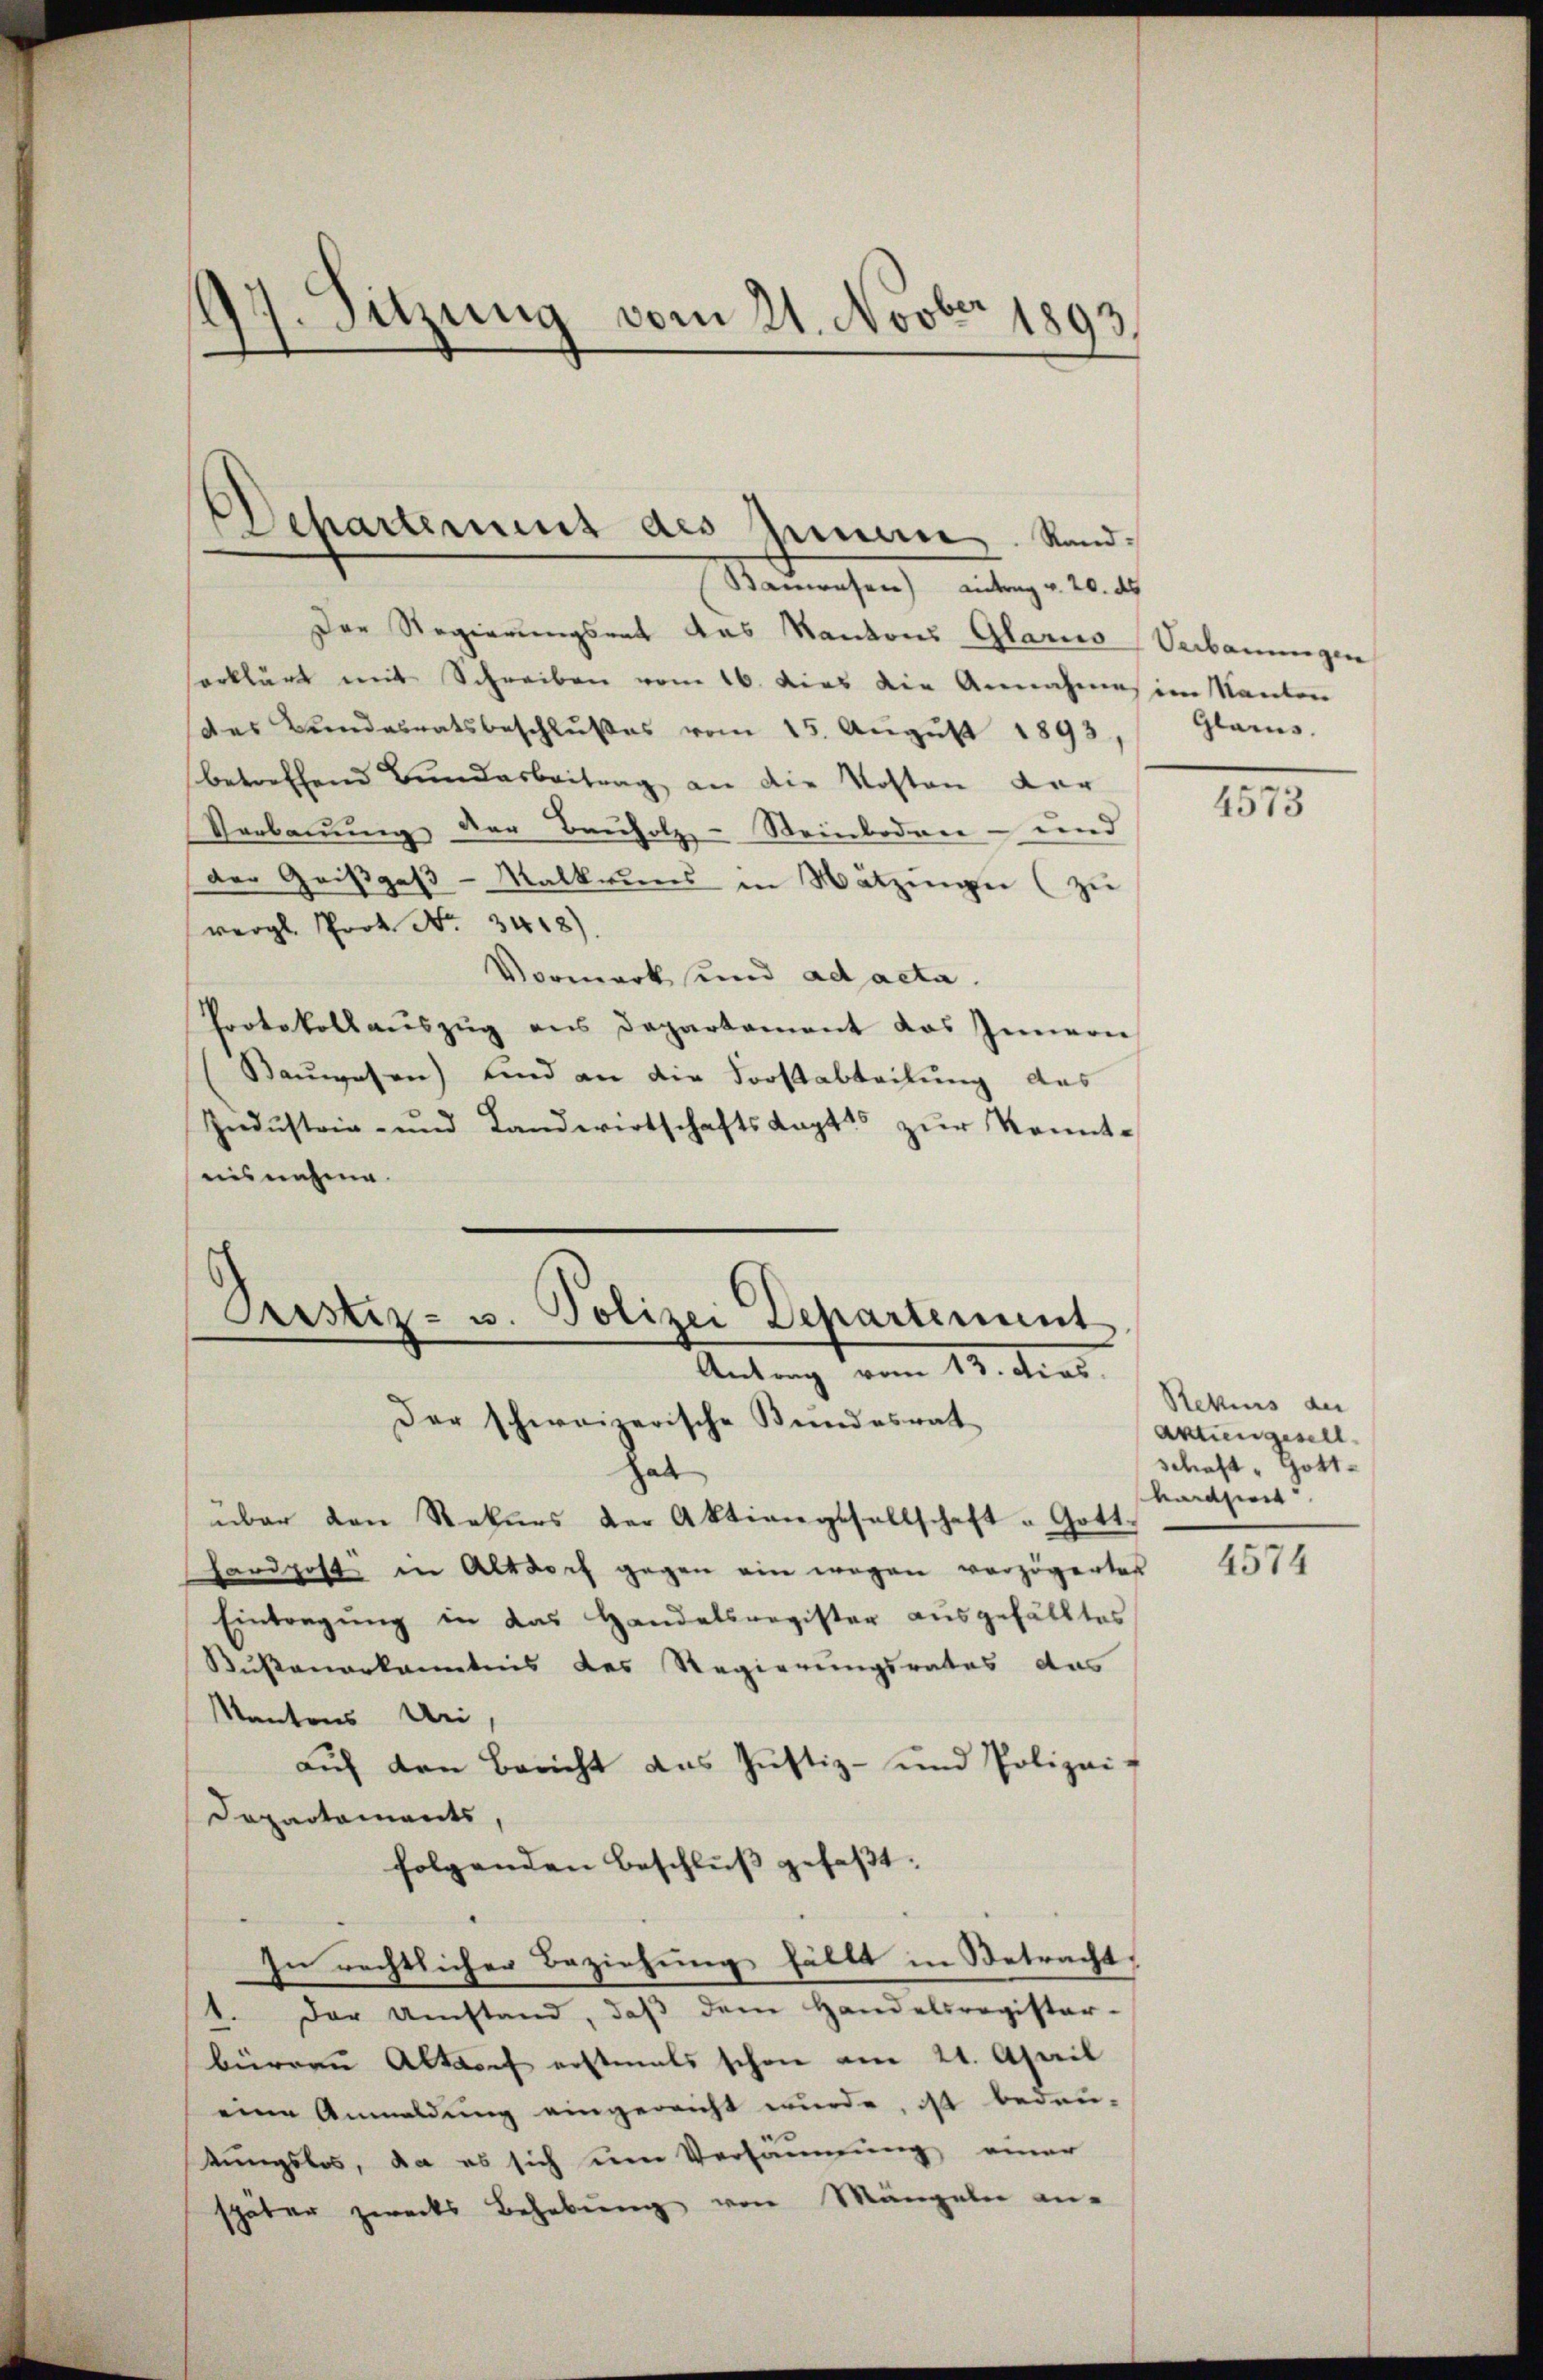
.Sitzung vom 21. Novber 1893

Dehartement des Innern. Rand¬

Bauwesen) Antrag v. 20. ds
Der Regierungsrat das Kantons Glarus Verbauungen
erklärt mit Schreiben vom 16. dies die Annahmesion Nanten
Das Bundesratsbeschlußes vom 15. Aŭgŭst 1893,
betreffend Bundesbeitrag, an die Kosten der
Verbauung der Bauholz-Steinboden- und
der Geißgas-Malkruns in Nätzinge (zu
vergl. Prot. No. 3418)
Vormerk und ad acta.
Protokoll aŭszŭg ans Departement das Innern
Bauwesen) und an die Forstabteilung des
Industrie- und Landwirtschaftsagt zur Kenntnisnahme.

Prstiz- u. Polizei Departement
Antrag vom 13. dies

Der schweizerische Bundesrat
hat
über den Rekurs der Aktiengesellschaft " Gott.
Fardpost in Altdorf gegen ein wegen verzögertes
Eintragung in das Handelsregister ausgefälltes
Kußanerkanntnis des Regierungsrates das
Kantons Uri,
auf den Bericht aus Justiz- und Polizei-
Dopartements
folgenden Beschluß gefaßt:
In rechtlicher Beziehung fällt in Betracht,
1. Der Umstand, daβ dem Handelsregister-
bürren Altorf erstmals schon am 21. April
eine Anmeldung eingereicht wurde, ist bedeu-
kungslos, da es sich um Versäumung einer
später zwecks Behebung von Mängeln an-

Glarus.

4573

Rekurs der
Aktiengesell
schaft . Gottvaraziert

4574